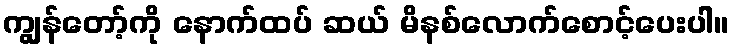
ကျွန်တော့်ကို နောက်ထပ် ဆယ် မိနစ်လောက်စောင့်ပေးပါ။